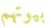
بيوتهم